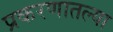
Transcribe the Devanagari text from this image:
प्रकरणातल्या